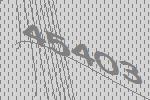
45403